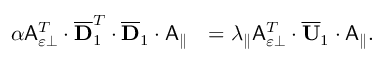
\begin{array} { r l } { \alpha \mathsf { A } _ { \varepsilon \perp } ^ { T } \cdot \overline { { \mathbf { D } } } _ { 1 } ^ { T } \cdot \overline { { \mathbf { D } } } _ { 1 } \cdot \mathsf { A } _ { \parallel } } & { = \lambda _ { \parallel } \mathsf { A } _ { \varepsilon \perp } ^ { T } \cdot \overline { { \mathbf { U } } } _ { 1 } \cdot \mathsf { A } _ { \parallel } . } \end{array}